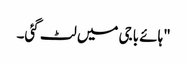
"ہائے باجی میں لٹ گئی۔